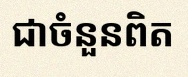
សន្មតថា x ជាចំនួនពិត